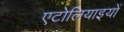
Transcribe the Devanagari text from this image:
एटोलियाइयों